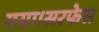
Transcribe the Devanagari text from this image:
गया।सरफेस